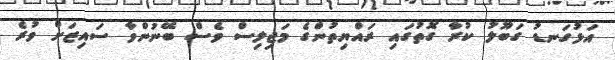
އަޅުގަނޑު ގަބޫލު ކުރާ ގޮތުގައި ރައްޔިތުންގެ މަޖިލިސް ވެސް ބޭނުންވާ ސައިޒަށް ވުރެ